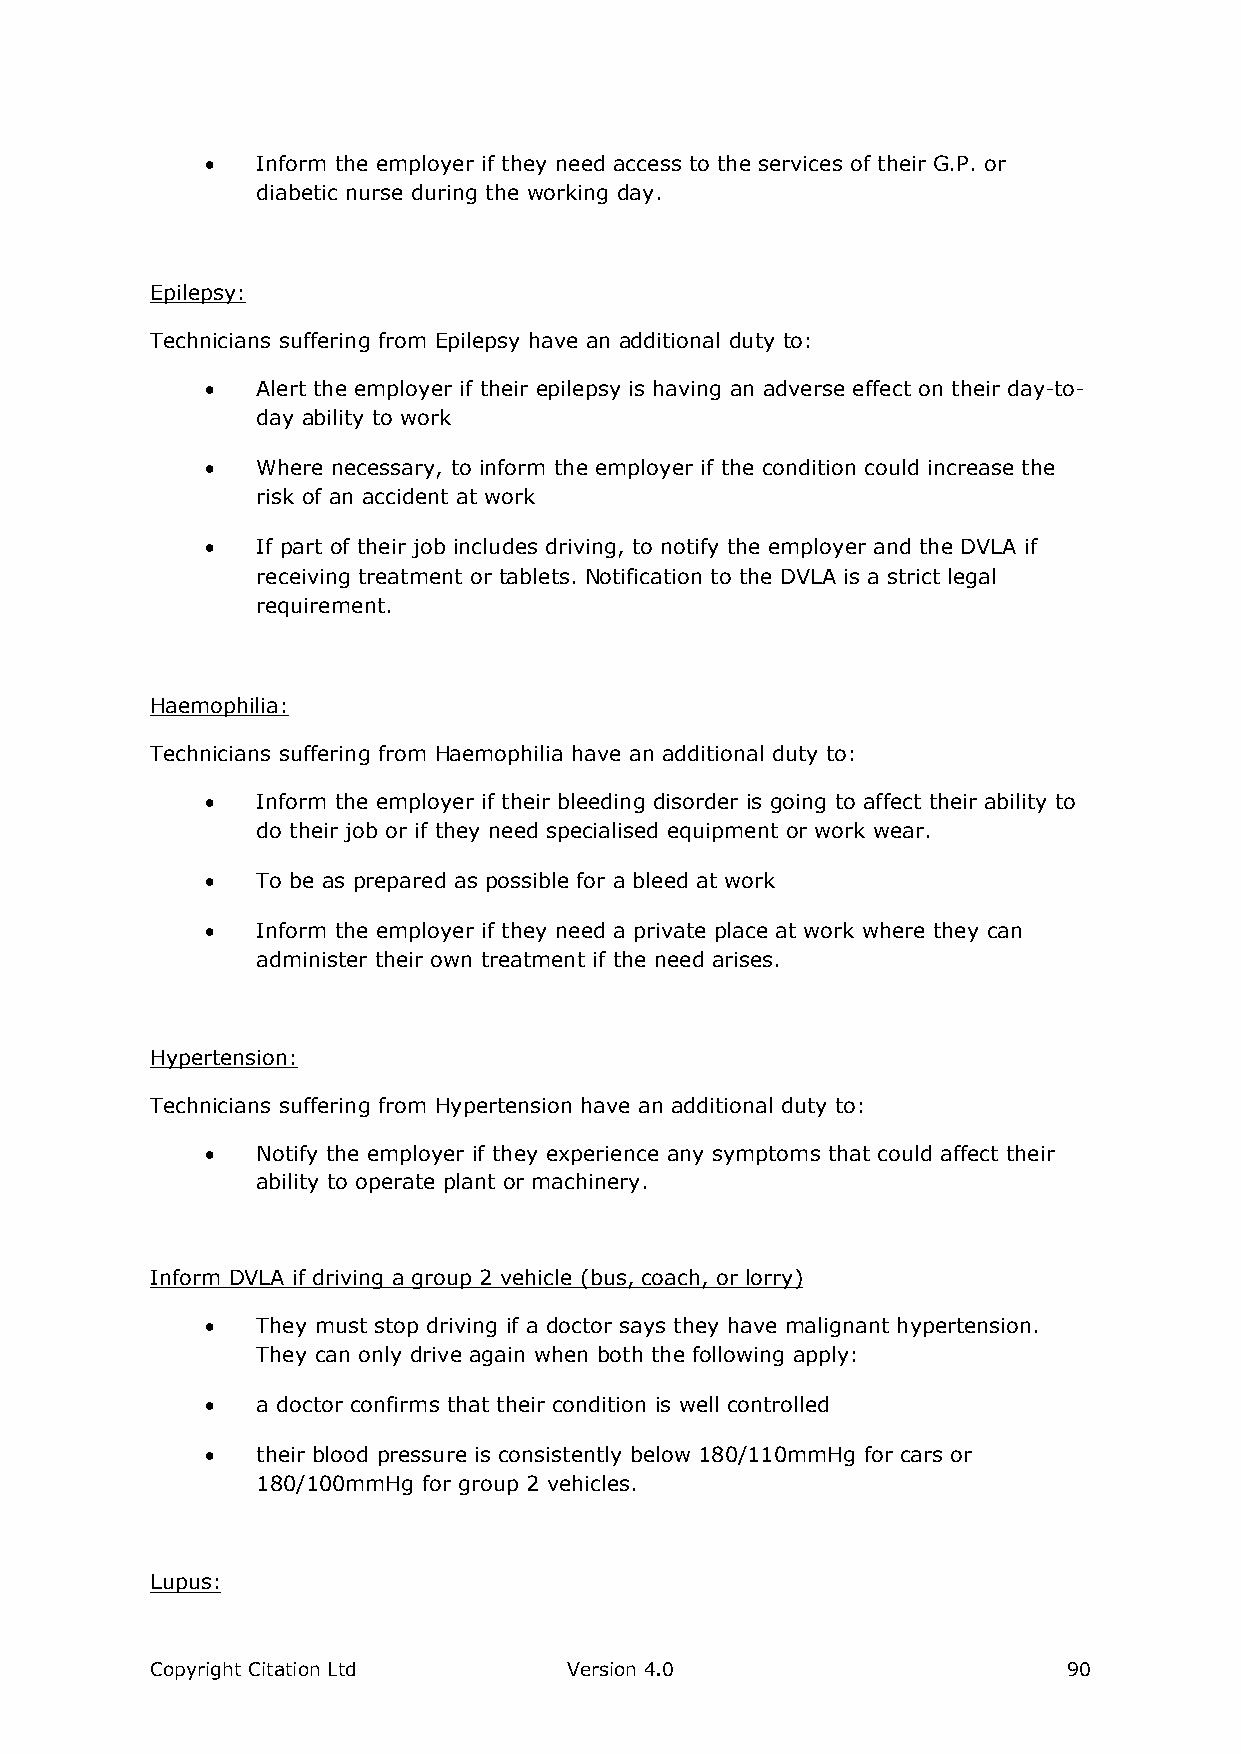
  Inform the employer if they need access to the services of their G.P. or
 diabetic nurse during the working day.
 Epilepsy:
 Technicians suffering from Epilepsy have an additional duty to:
   Alert the employer if their epilepsy is having an adverse effect on their day-to-
 day ability to work
   Where necessary, to inform the employer if the condition could increase the
 risk of an accident at work
   If part of their job includes driving, to notify the employer and the DVLA if
 receiving treatment or tablets. Notification to the DVLA is a strict legal
 requirement.
 Haemophilia:
 Technicians suffering from Haemophilia have an additional duty to:
   Inform the employer if their bleeding disorder is going to affect their ability to
 do their job or if they need specialised equipment or work wear.
   To be as prepared as possible for a bleed at work
   Inform the employer if they need a private place at work where they can
 administer their own treatment if the need arises.
 Hypertension:
 Technicians suffering from Hypertension have an additional duty to:
   Notify the employer if they experience any symptoms that could affect their
 ability to operate plant or machinery.
 Inform DVLA if driving a group 2 vehicle (bus, coach, or lorry)
   They must stop driving if a doctor says they have malignant hypertension.
 They can only drive again when both the following apply:
   a doctor confirms that their condition is well controlled
   their blood pressure is consistently below 180/110mmHg for cars or
 180/100mmHg for group 2 vehicles.
 Lupus:
 Copyright Citation Ltd      Version 4.0                      90